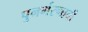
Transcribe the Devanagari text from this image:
पुनर्भरणाची